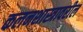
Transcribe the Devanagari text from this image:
कलनशास्त्रावरील